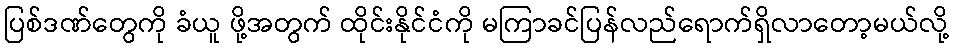
ပြစ်ဒဏ်တွေကို ခံယူ ဖို့အတွက် ထိုင်းနိုင်ငံကို မကြာခင်ပြန်လည်ရောက်ရှိလာတော့မယ်လို့